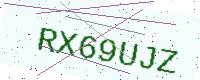
Text: RX69UJZ